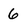
Character: 6